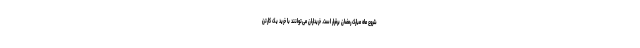
شروع ماه مبارک رمضان برقرار است. خریداران می‌توانند با خرید یک کارتن